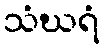
သံဃရံ